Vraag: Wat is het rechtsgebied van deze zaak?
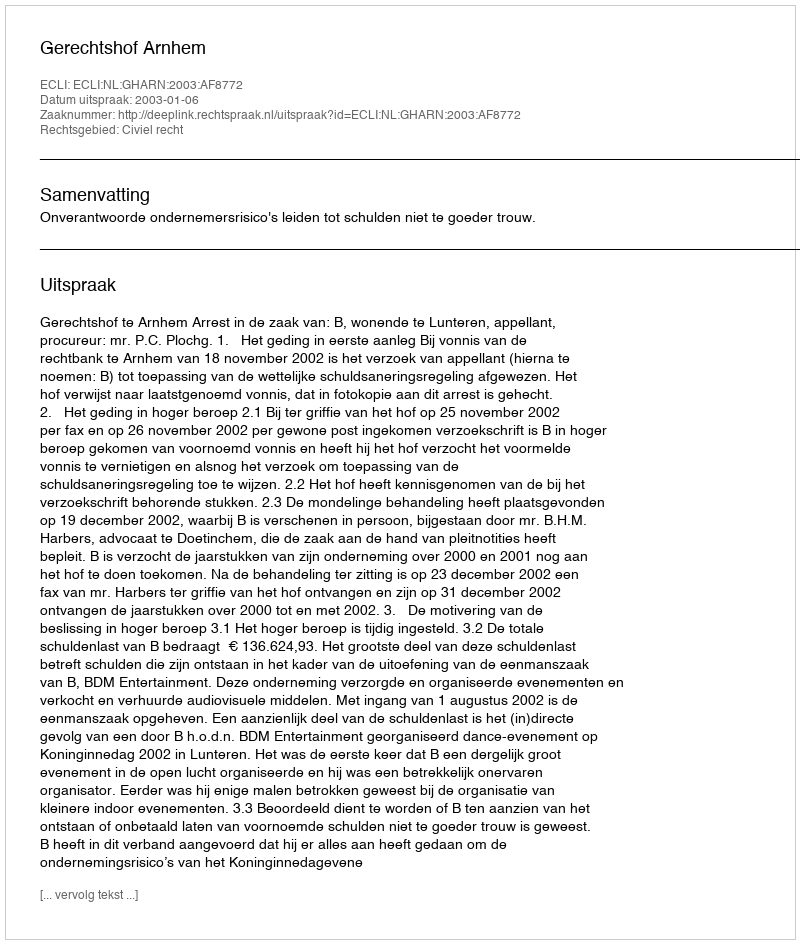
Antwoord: Civiel recht